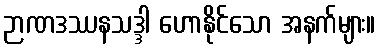
ဉာဏဒဿနသဒ္ဒါ ဟောနိုင်သော အနက်များ။